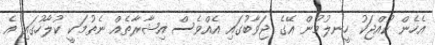
އެހެން ކުއްޖަކު ހީނލުމުން އޭގެ ޖަވާބުގައި އެއްވެސް އިޝާރާތެއް ނެތުމަކީ ކުލާހުގައި އެ